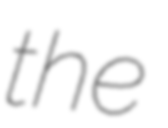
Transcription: the